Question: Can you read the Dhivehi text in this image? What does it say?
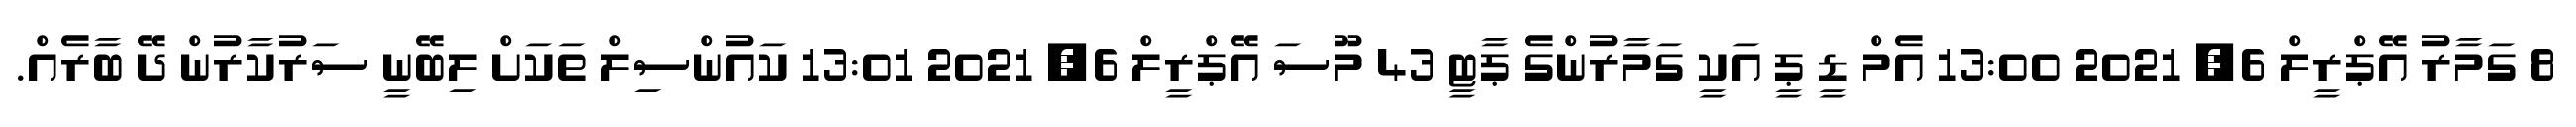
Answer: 8 ގަމާރު އޭޕްރީލް 6, 2021 13:00 އެމް ޑީ ޕީ އަކީ ގަމާރުންގެ ޕާޓީ 43 މޫސަ އޭޕްރީލް 6, 2021 13:01 ކައުންސިލް ތަކަށް ލިބޭނީ ސަރުކާރުން ދޭ ބާރެއް.